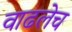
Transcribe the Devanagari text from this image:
वाढलेच